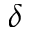
\delta